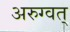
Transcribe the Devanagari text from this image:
अरुग्वत्